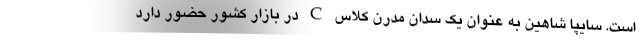
است. سایپا شاهین به عنوان یک سدان مدرن کلاس C در بازار کشور حضور دارد